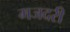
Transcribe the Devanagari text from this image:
मजदरी